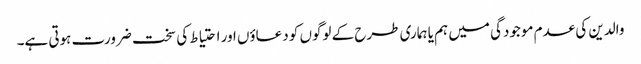
والدین کی عدم موجودگی میں ہم یا ہماری طرح کے لوگوں کو دعاؤں اور احتیاط کی سخت ضرورت ہوتی ہے۔